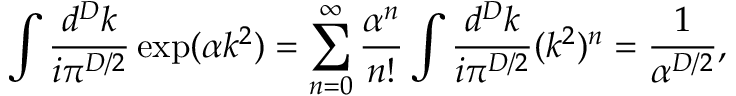
\int \frac { d ^ { D } k } { i \pi ^ { D / 2 } } \exp ( \alpha k ^ { 2 } ) = \sum _ { n = 0 } ^ { \infty } \frac { \alpha ^ { n } } { n ! } \int \frac { d ^ { D } k } { i \pi ^ { D / 2 } } ( k ^ { 2 } ) ^ { n } \nonumber = \frac { 1 } { \alpha ^ { D / 2 } } ,